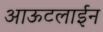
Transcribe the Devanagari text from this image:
आऊटलाईन